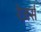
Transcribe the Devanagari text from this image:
रेज़र्स